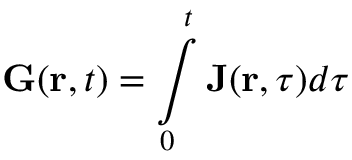
\mathbf { G } ( \mathbf { r } , t ) = \intop _ { 0 } ^ { t } \mathbf { J } ( \mathbf { r } , \tau ) d \tau